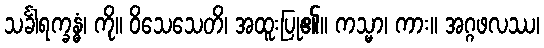
သင်္ခါရက္ခန္ဓံ၊ ကို။ ဝိသေသေတိ၊ အထူးပြု၏။ ကသ္မာ၊ ကား။ အဂ္ဂဖလဿ၊